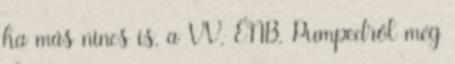
ha más nincs is. a VV, ÉNB, Pumpedről még